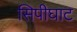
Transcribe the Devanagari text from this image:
सिपीघाट